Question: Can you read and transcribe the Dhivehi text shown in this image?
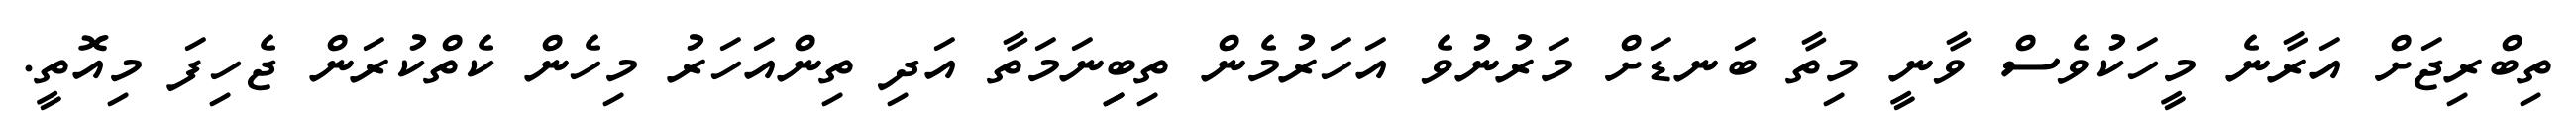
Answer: ތިބްރިޖަށް އަރާނެ މީހަކުވެސް ވާނީ މިތާ ބަނޑަށް މަރުނުވެ އަހަރުމެން ތިބިިނަމަތާ އަދި ތިންއަހަރު މިހެން ކެތްކުރަން ޖެހިފަ މިއޮތީ.